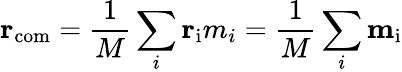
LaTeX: \mathbf{r}_{\mathrm{com}}={\frac{1}{M}}\sum_{i}\mathbf{r}_{\mathrm{i}}m_{i}={\frac{1}{M}}\sum_{i}\mathbf{m}_{\mathrm{i}}